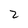
Character: 2